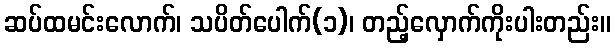
ဆပ်ထမင်းလောက်၊ သပိတ်ပေါက်(၁)၊ တည့်လှောက်ကိုးပါးတည်း။